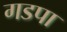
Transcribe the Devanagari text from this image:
गडपा